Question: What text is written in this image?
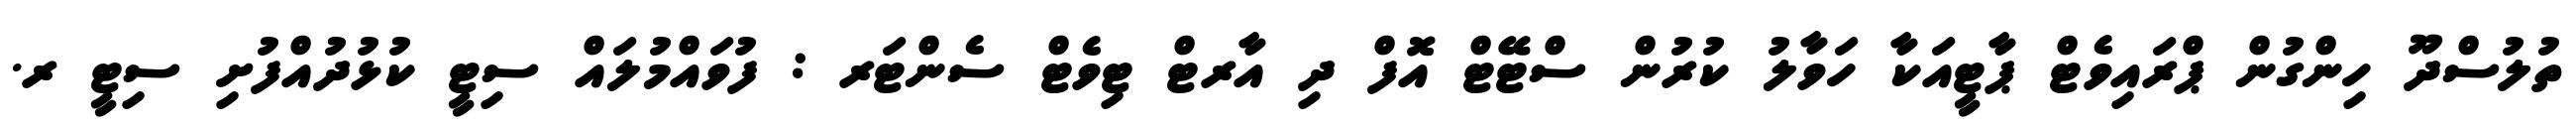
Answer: ތުލުސްދޫ ހިންގުން ޕްރައިވެޓް ޕާޓީއަކާ ހަވާލު ކުރުން ސްޓޭޓް އޮފް ދި އާރޓް ޓިވެޓް ސެންޓަރ : ފުވައްމުލައް ސިޓީ ކުޅުދުއްފުށި ސިޓީ ރ.